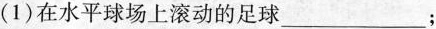
(1)在水平球场上滚动的足球___；